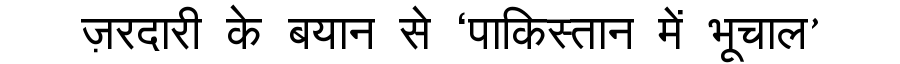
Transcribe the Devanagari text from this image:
ज़रदारी के बयान से ‘पाकिस्तान में भूचाल’